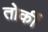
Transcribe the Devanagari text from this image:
तोर्की